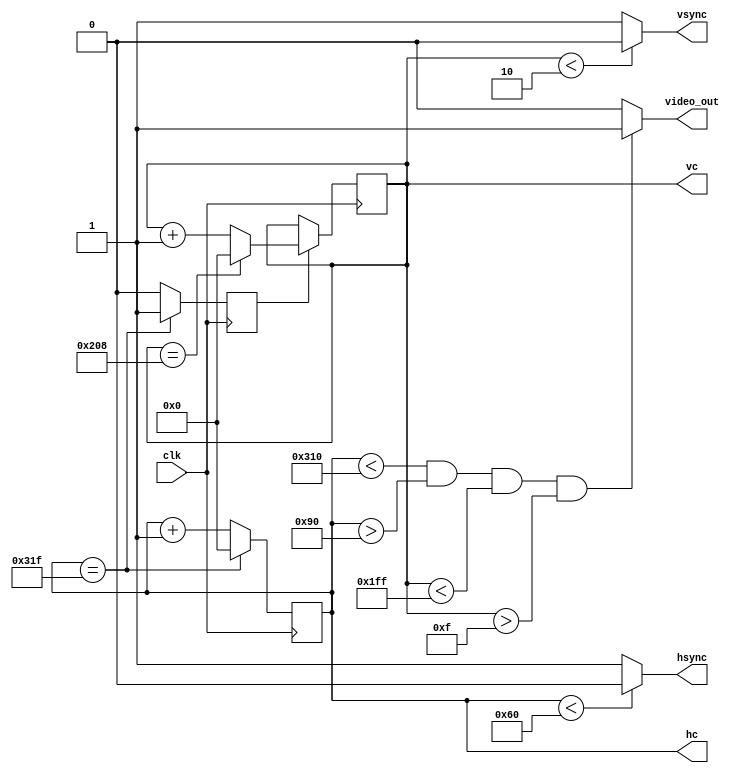
`timescale 1ns / 1ps
//////////////////////////////////////////////////////////////////////////////////
// Company: 
// Engineer: 
// 
// Design Name: 
// Module Name:    vga_hcvc 
// Project Name: 
// Target Devices: 
// Tool versions: 
// Description: 
//
// Dependencies: 
//
// Revision: 
// Revision 0.01 - File Created
// Additional Comments: 
//
//////////////////////////////////////////////////////////////////////////////////
module vga_hcvc(clk,hsync,vsync,hc,vc,video_out);
input clk;
output reg hsync;
output reg vsync;
output reg [9:0]hc;
output reg [9:0]vc;
output reg video_out;

reg vsenble;

parameter hpixel=10'b1100100000;//800
parameter vline=10'b1000001001;//521
parameter hFrontPorch=10'b1100010000;//784(128+16+640)
parameter hBackPorch=10'b0010010000;//144(128+16)
parameter vFrontPorch=10'b0111111111;//511(2+29+480)
parameter vBackPorch=10'b0000001111;//31

initial begin
	hsync<=0;
	vsync<=0;
	hc<=0;
	vc<=0;
end

//
always@(posedge clk) begin
//	if(RESET==0)
//		hc<=0;
//	else begin
		if(hc==hpixel-1) begin
			hc<=0;
			vsenble<=1;
		end
		else begin
			hc<=hc+10'b0000000001;
			vsenble<=0;
		end
//	end
end 

//
always@(posedge clk) begin
//	if(RESET==0)
//		vc<=0;
//	else begin
		if(vsenble==1) begin
			if(vc==vline-1)
				vc<=0;
			else
				vc<=vc+10'b0000000001;
//		end
	end
end

always@(*) begin
	if(hc<96)
		hsync=0;
	else
		hsync=1;
end

always@(*) begin
	if(vc<2)
		vsync=0;
	else
		vsync=1;
end

always@(*) begin
	if((hc<hFrontPorch)&&(hc>hBackPorch)&&(vc<vFrontPorch)&&(vc>vBackPorch))
		video_out=1;
	else
		video_out=0;
end

endmodule